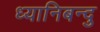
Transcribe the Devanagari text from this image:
ध्यानिबन्दु